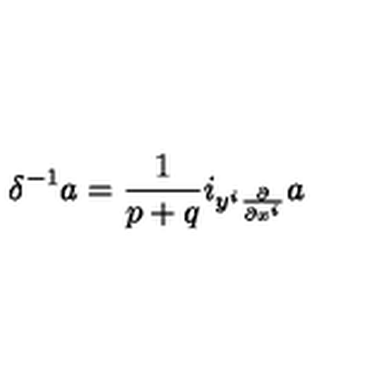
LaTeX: \delta ^ { - 1 } a = \frac { 1 } { p + q } i _ { y ^ { i } \frac { \partial } { \partial x ^ { i } } } a